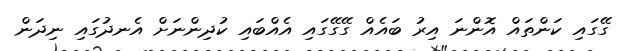
ގޭގައި ކަންތައް އޮންނަ އިރު ބައެއް ގޭގޭގައި އެއްބައި ކުދިންނަށް އެނދުގައި ނިދަން